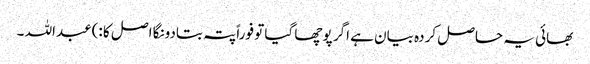
بھائی یہ حاصل کردہ بیان ہے اگر پوچھا گیا تو فوراً پتہ بتادونگا اصل کا :)عبداللہ ۔